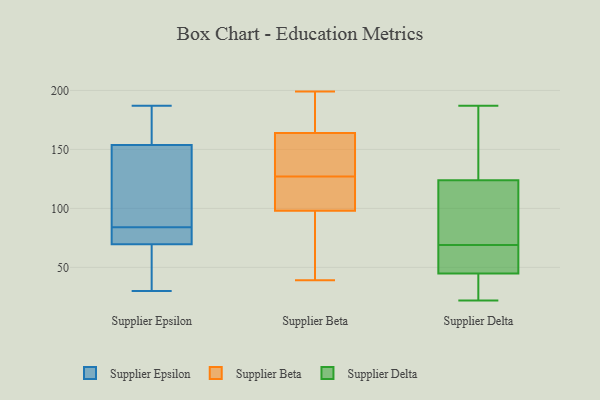
{"axis": {"x": "Temperature (°C)", "y": "Value"}, "legend": ["Supplier Beta", "Supplier Delta", "Supplier Epsilon"], "data": [{"x": "", "y": 72, "type": "Supplier Epsilon"}, {"x": "", "y": 66, "type": "Supplier Epsilon"}, {"x": "", "y": 154, "type": "Supplier Epsilon"}, {"x": "", "y": 176, "type": "Supplier Epsilon"}, {"x": "", "y": 50, "type": "Supplier Epsilon"}, {"x": "", "y": 71, "type": "Supplier Epsilon"}, {"x": "", "y": 30, "type": "Supplier Epsilon"}, {"x": "", "y": 149, "type": "Supplier Epsilon"}, {"x": "", "y": 84, "type": "Supplier Epsilon"}, {"x": "", "y": 69, "type": "Supplier Epsilon"}, {"x": "", "y": 102, "type": "Supplier Epsilon"}, {"x": "", "y": 187, "type": "Supplier Epsilon"}, {"x": "", "y": 157, "type": "Supplier Epsilon"}, {"x": "", "y": 83, "type": "Supplier Epsilon"}, {"x": "", "y": 153, "type": "Supplier Epsilon"}, {"x": "", "y": 116, "type": "Supplier Beta"}, {"x": "", "y": 57, "type": "Supplier Beta"}, {"x": "", "y": 162, "type": "Supplier Beta"}, {"x": "", "y": 178, "type": "Supplier Beta"}, {"x": "", "y": 92, "type": "Supplier Beta"}, {"x": "", "y": 159, "type": "Supplier Beta"}, {"x": "", "y": 148, "type": "Supplier Beta"}, {"x": "", "y": 39, "type": "Supplier Beta"}, {"x": "", "y": 100, "type": "Supplier Beta"}, {"x": "", "y": 199, "type": "Supplier Beta"}, {"x": "", "y": 125, "type": "Supplier Beta"}, {"x": "", "y": 170, "type": "Supplier Beta"}, {"x": "", "y": 127, "type": "Supplier Beta"}, {"x": "", "y": 124, "type": "Supplier Delta"}, {"x": "", "y": 43, "type": "Supplier Delta"}, {"x": "", "y": 60, "type": "Supplier Delta"}, {"x": "", "y": 88, "type": "Supplier Delta"}, {"x": "", "y": 187, "type": "Supplier Delta"}, {"x": "", "y": 43, "type": "Supplier Delta"}, {"x": "", "y": 22, "type": "Supplier Delta"}, {"x": "", "y": 41, "type": "Supplier Delta"}, {"x": "", "y": 102, "type": "Supplier Delta"}, {"x": "", "y": 69, "type": "Supplier Delta"}, {"x": "", "y": 67, "type": "Supplier Delta"}, {"x": "", "y": 161, "type": "Supplier Delta"}, {"x": "", "y": 123, "type": "Supplier Delta"}, {"x": "", "y": 179, "type": "Supplier Delta"}, {"x": "", "y": 50, "type": "Supplier Delta"}]}